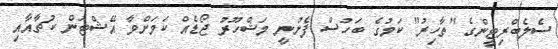
ސެލެބްރިޓީންގެ "ތާހިރު" ކަމުގެ ބަހުސް ފެށުނީ މަޝްހޫރު ޖޯޑެއް ކަމަށްވާ އޭޝްޓަން ކުޗާއާއި